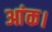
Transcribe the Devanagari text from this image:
आंक।